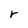
Character: r